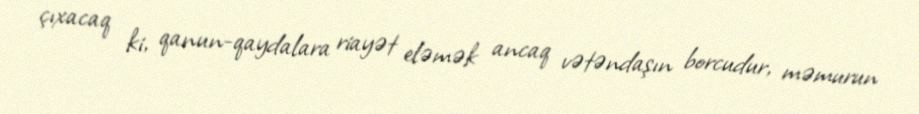
çıxacaq ki, qanun-qaydalara riayət eləmək ancaq vətəndaşın borcudur, məmurun